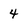
Character: 4